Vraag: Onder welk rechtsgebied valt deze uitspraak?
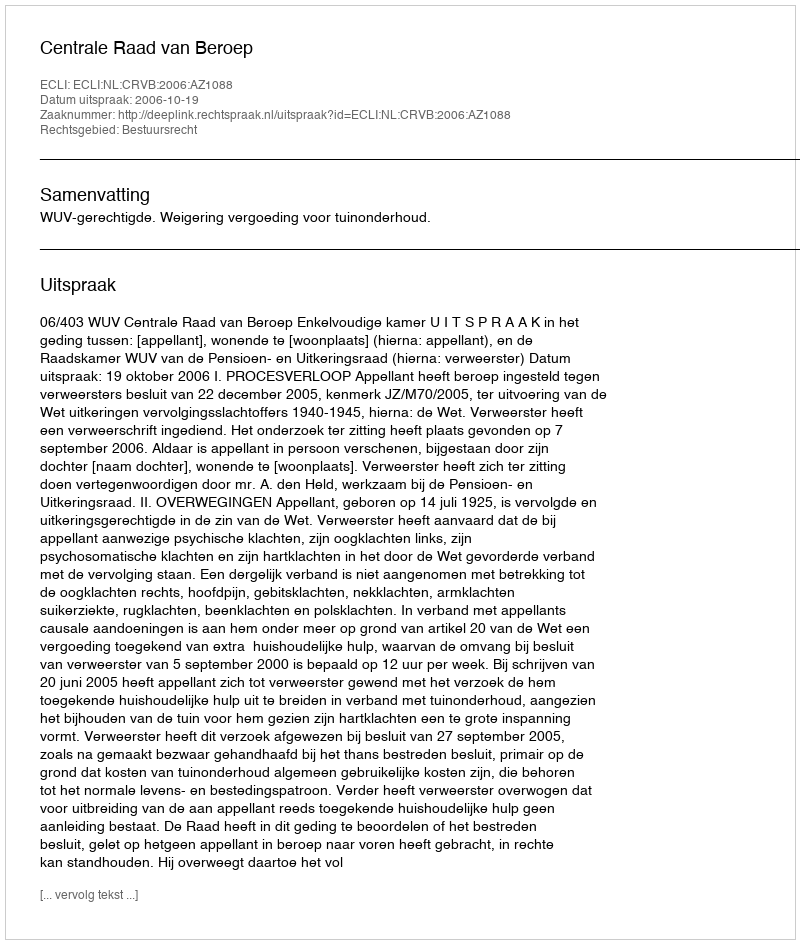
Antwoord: Bestuursrecht